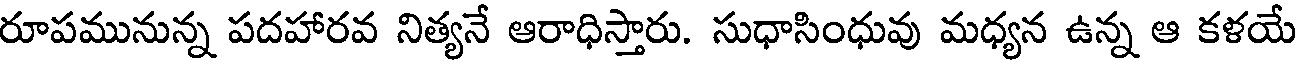
రూపమునున్న పదహారవ నిత్యనే ఆరాధిస్తారు. సుధాసింధువు మధ్యన ఉన్న ఆ కళయే